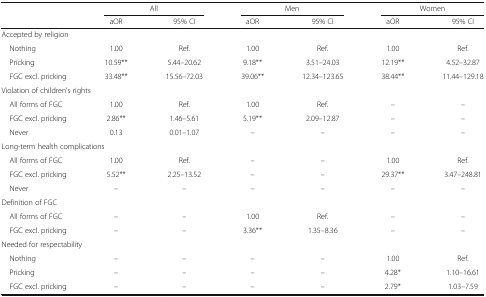
| <ROWSPAN=2>  | <COLSPAN=2> All | <COLSPAN=2> Men | <COLSPAN=2> Women |
 | aOR | 95% CI | aOR | 95% CI | aOR | 95% CI |
 | --- | --- | --- | --- | --- | --- | --- |
 | <COLSPAN=7> Accepted by religion |
 | Nothing | 1.00 | Ref. | 1.00 | Ref. | 1.00 | Ref. |
 | Pricking | 10.59** | 5.44–20.62 | 9.18** | 3.51–24.03 | 12.19** | 4.52–32.87 |
 | FGC excl. pricking | 33.48** | 15.56–72.03 | 39.06** | 12.34–123.65 | 38.44** | 11.44–129.18 |
 | <COLSPAN=7> Violation of children’s rights |
 | All forms of FGC | 1.00 | Ref. | 1.00 | Ref. | – | – |
 | FGC excl. pricking | 2.86** | 1.46–5.61 | 5.19** | 2.09–12.87 | – | – |
 | Never | 0.13 | 0.01–1.07 | – | – | – | – |
 | <COLSPAN=7> Long-term health complications |
 | All forms of FGC | 1.00 | Ref. | – | – | 1.00 | Ref. |
 | FGC excl. pricking | 5.52** | 2.25–13.52 | – | – | 29.37** | 3.47–248.81 |
 | Never | – | – | – | – | – | – |
 | <COLSPAN=7> Definition of FGC |
 | All forms of FGC | – | – | 1.00 | Ref. | – | – |
 | FGC excl. pricking | – | – | 3.36** | 1.35–8.36 | – | – |
 | <COLSPAN=7> Needed for respectability |
 | Nothing | – | – | – | – | 1.00 | Ref. |
 | Pricking | – | – | – | – | 4.28* | 1.10–16.61 |
 | FGC excl. pricking | – | – | – | – | 2.79* | 1.03–7.59 |